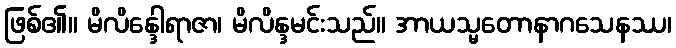
ဖြစ်၏။ မိလိန္ဒေါရာဇာ၊ မိလိန္ဒမင်းသည်။ အာယသ္မတောနာဂသေနဿ၊